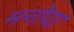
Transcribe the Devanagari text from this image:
मनोया